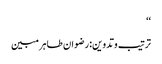
‘‘
ترتیب وتدوین:رضوان طاہر مبین